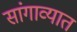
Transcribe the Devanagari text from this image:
सांगाव्यात